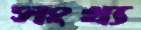
সংখ্য